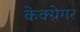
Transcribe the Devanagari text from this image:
केक्ग्रेगर